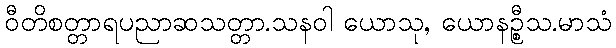
ဝီတိစတ္တာရပညာဆသတ္တာ.သနဝါ ယောသု, ယောနဉ္စီသ.မာသံ